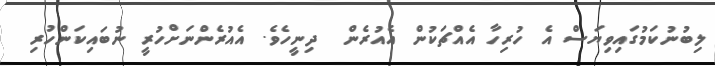
ލިބުނުކަމުގައިވިޔަސް އެ ހުރިހާ އެއްޗަކުން އެއުރެން  ދިނީހެވެ. އެއުރެންނަށްހުރީ ނުބައިކަންހުރި